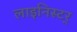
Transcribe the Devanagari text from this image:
लाइनिस्टर्